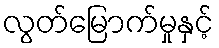
လွတ်မြောက်မှုနှင့်